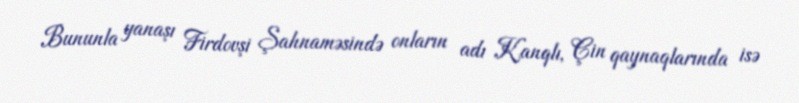
Bununla yanaşı Firdovşi Şahnaməsində onların adı Kanqlı, Çin qaynaqlarında isə